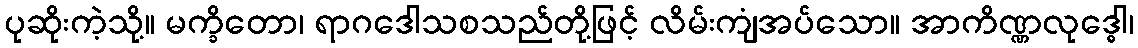
ပုဆိုးကဲ့သို့။ မက္ခိတော၊ ရာဂဒေါသစသည်တို့ဖြင့် လိမ်းကျံအပ်သော။ အာကိဏ္ဏလုဒ္ဓေါ၊